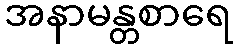
အနာမန္တစာရေ